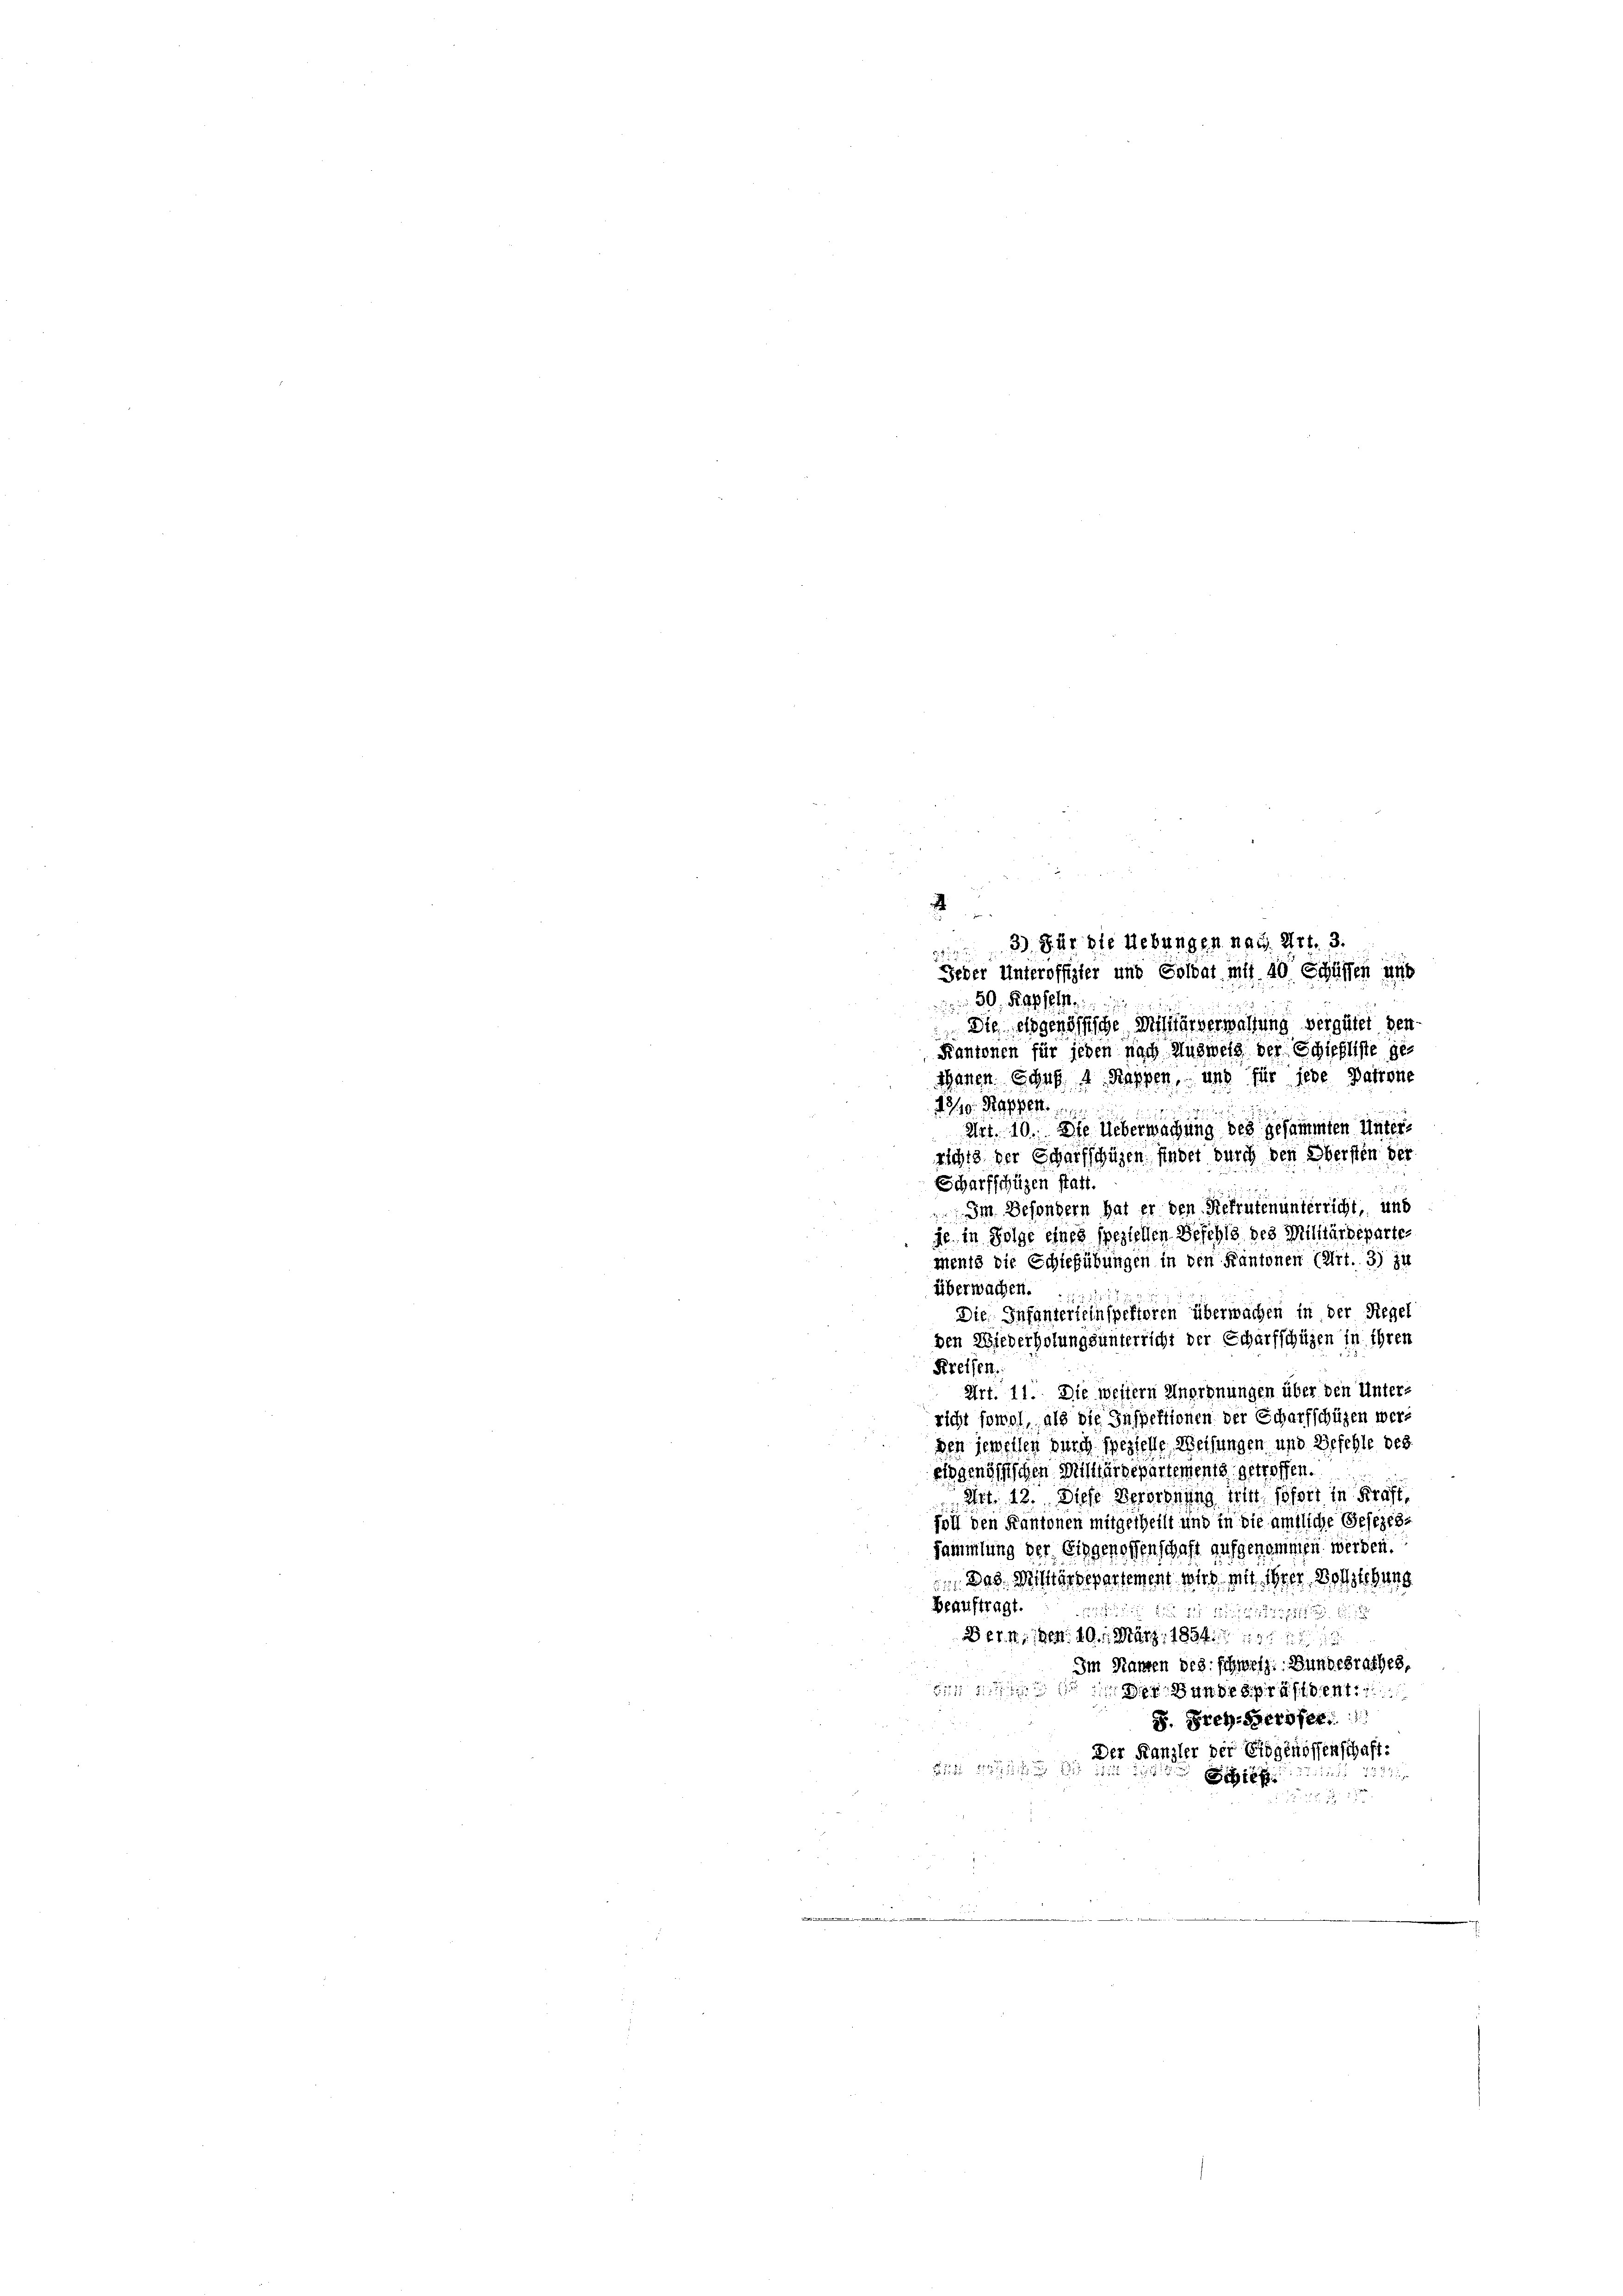
i
3 J. ür die Uebungen nach. Art. 3.
Jeder Unteroffizier und Soldat mit 40 Schüssen und
30 Kapseln.
Die eidgenössische Militärverwaltung vergütet den¬
Kantonen für jeden nach Ausweis der Schiffliste ge¬
Manen Schus 4. Kappen, und für jede Patrone
470. Rappelt

Art. 10. Die Ueberwachung des gesammten Unterrichts der Scharfschüzen findet durch den Obersten ver
Scharfschüzen statt.
Im Besondern hat er den Rekrutenunterricht, und
je, in Folge eines speziellen Befehls des Militärdeparte
menis die Schießübungen in den Kantonen (Art. 3) zu
überwachen.
Die Infanterleinspektoren überwachen in der Regel
den Wiederholungsunterricht der Scharfschüzen in ihren
Kreisen.
Art. 11. Die wessern Anordnungen über den Unters
richt sowol, als die Inspektionen der Scharfschüzen werden jeweilen durch spezielle Weisungen und Befehle des
eisgenössischen Militärdepartements getroffen.
Art. 12. Diese Verordnung sein sofort in Kraft
foll den Kantonen mitgetheilt und in die ämtliche Gesezes-
Sammlung der Eidgenossenschaft aufgenommen werden.
 Das Gestärdepartement war mit ihrer Bochstehung
Beauftragt.

Bern, den 10. März 1834. 111
Im Namen des schweiz. Bundesrathes
But 11
 Der Bundespräsiden
S. Frey-Geröfer.
Der Kanzler der Eidgenossenschaft:

1552

 . . 17